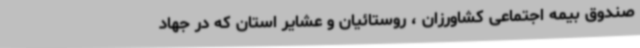
صندوق بیمه اجتماعی کشاورزان ، روستائیان و عشایر استان که در جهاد